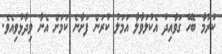
ކުރުމާ ބެހޭ ގަވާއިދު އެކުލަވާލާ އަމަލު ކުރަން ފަށާނެ ކަމަށް އެނާ ވިދާޅުވިއެވެ.